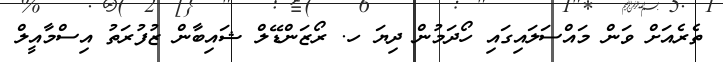
ތެރެއަށް ވަން މައްސަލައިގައި ހޯދަމުން ދިޔަ ހ. ރޯޒަންޑޭލް ޝައިބާން ޒުފުރަތު އިސްމާއީލް